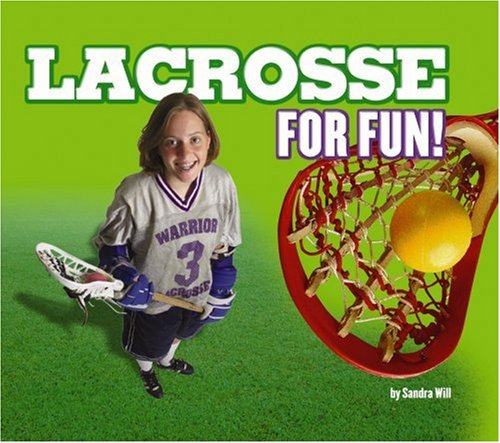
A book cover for Lacrosse for Fun! (For Fun!: Sports); Sandra Will; Sports & Outdoors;